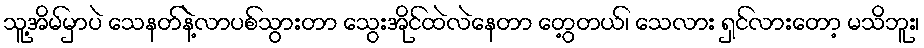
သူ့အိမ်မှာပဲ သေနတ်နဲ့လာပစ်သွားတာ သွေးအိုင်ထဲလဲနေတာ တွေ့တယ်၊ သေလား ရှင်လားတော့ မသိဘူး၊